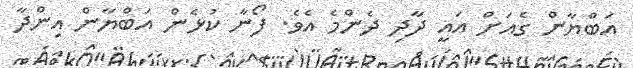
އަބްޔާން ގެއަށް އައީ ދާދި ދެންމެ އެވެ. ފޯނާ ކުޅެން އަބްޔާން އިންދާ